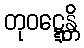
တုဝဋ္ဋေန္တိ